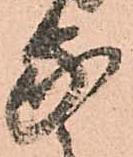
家